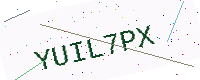
Text: YUIL7PX